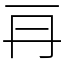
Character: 𠕂